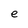
Character: e